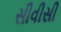
સીવીસી